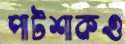
পাটশাকও